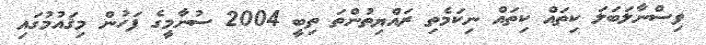
ވިސްނާލަބަލަ ކިތައް ކިތައް ނިކަމެތި ރައްޔިތުންތަ ތިބީ 2004 ސުނާމީގެ ފަހުން މިޤައުމުގައި